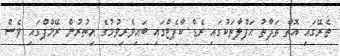
ތެރޭގައި އޮތް ތަފާތު ޙަފްލާތަކުގައި ރެޑް ކާޕެޓްގައި ބައިވެރިވުމުގެ އިތުރުން ރޭމްޕްގައި ވެސް